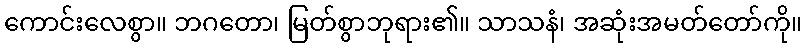
ကောင်းလေစွာ။ ဘဂတော၊ မြတ်စွာဘုရား၏။ သာသနံ၊ အဆုံးအမတ်တော်ကို။